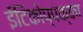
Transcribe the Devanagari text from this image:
ईटिकोप्पक्का